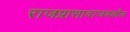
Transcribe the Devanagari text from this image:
राजप्रासादाजवळील